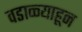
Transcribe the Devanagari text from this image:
वडाळ्याहून